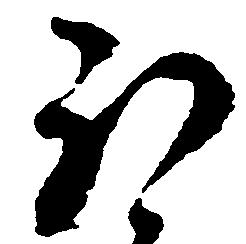
ほ